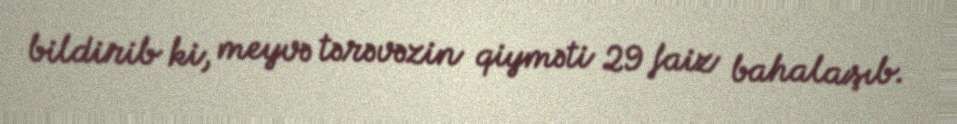
bildirib ki, meyvə tərəvəzin qiyməti 29 faiz bahalaşıb.